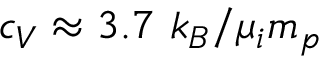
c _ { V } \approx 3 . 7 \ k _ { B } / \mu _ { i } m _ { p }